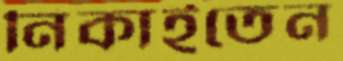
নিকাইতেন